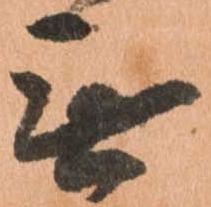
無